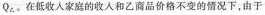
Q_{乙}。在低收人家庭的收人和乙商品价格不变的情况下，由于